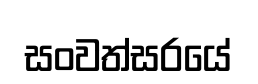
සංවත්සරයේ